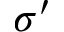
\sigma ^ { \prime }